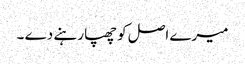
میرے اصل کو چھپا رہنے دے ۔